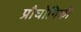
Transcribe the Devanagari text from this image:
प्रौघोगिकी